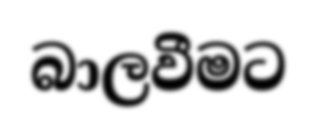
බාලවීමට